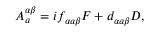
A _ { a } ^ { \alpha \beta } = i f _ { \alpha a \beta } F + d _ { \alpha a \beta } D ,